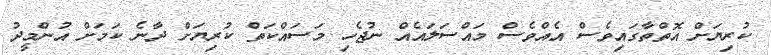
ކުރިޔަށް އޮތްތާގައިވެސް އެއްވެސް މައްސަލައެއް ނުޖެހި މަސައްކަތް ކުރިޔަށް ދާނެ ކަމަށް އުންމީދު